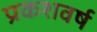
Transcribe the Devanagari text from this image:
प्रकशवर्ष